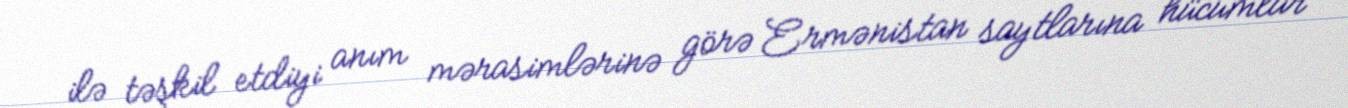
ilə təşkil etdiyi anım mərasimlərinə görə Ermənistan saytlarına hücumlar